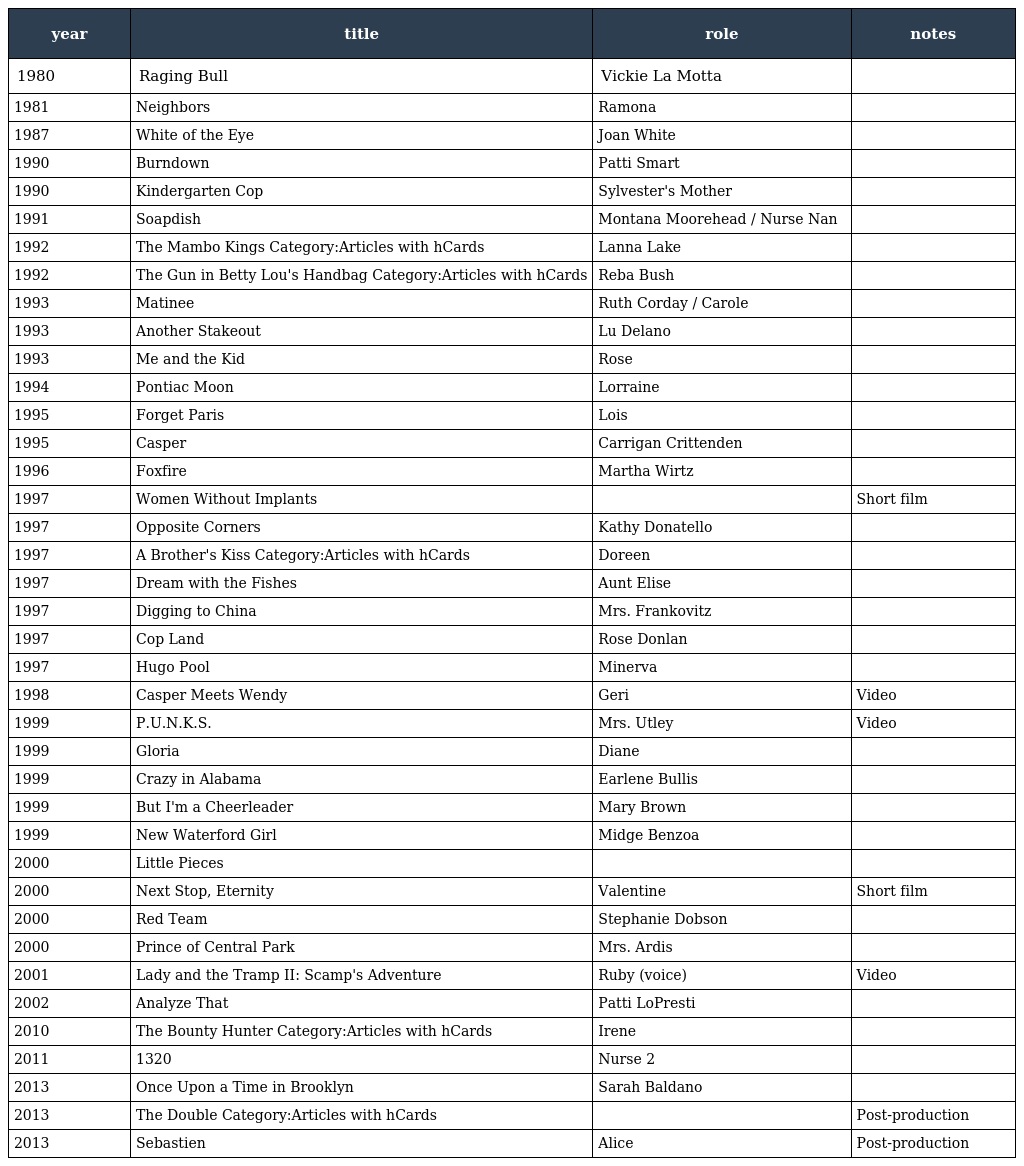
| year | title | role | notes |
 | --- | --- | --- | --- |
 | 1980 | Raging Bull | Vickie La Motta |  |
 | 1981 | Neighbors | Ramona |  |
 | 1987 | White of the Eye | Joan White |  |
 | 1990 | Burndown | Patti Smart |  |
 | 1990 | Kindergarten Cop | Sylvester's Mother |  |
 | 1991 | Soapdish | Montana Moorehead / Nurse Nan |  |
 | 1992 | The Mambo Kings Category:Articles with hCards | Lanna Lake |  |
 | 1992 | The Gun in Betty Lou's Handbag Category:Articles with hCards | Reba Bush |  |
 | 1993 | Matinee | Ruth Corday / Carole |  |
 | 1993 | Another Stakeout | Lu Delano |  |
 | 1993 | Me and the Kid | Rose |  |
 | 1994 | Pontiac Moon | Lorraine |  |
 | 1995 | Forget Paris | Lois |  |
 | 1995 | Casper | Carrigan Crittenden |  |
 | 1996 | Foxfire | Martha Wirtz |  |
 | 1997 | Women Without Implants |  | Short film |
 | 1997 | Opposite Corners | Kathy Donatello |  |
 | 1997 | A Brother's Kiss Category:Articles with hCards | Doreen |  |
 | 1997 | Dream with the Fishes | Aunt Elise |  |
 | 1997 | Digging to China | Mrs. Frankovitz |  |
 | 1997 | Cop Land | Rose Donlan |  |
 | 1997 | Hugo Pool | Minerva |  |
 | 1998 | Casper Meets Wendy | Geri | Video |
 | 1999 | P.U.N.K.S. | Mrs. Utley | Video |
 | 1999 | Gloria | Diane |  |
 | 1999 | Crazy in Alabama | Earlene Bullis |  |
 | 1999 | But I'm a Cheerleader | Mary Brown |  |
 | 1999 | New Waterford Girl | Midge Benzoa |  |
 | 2000 | Little Pieces |  |  |
 | 2000 | Next Stop, Eternity | Valentine | Short film |
 | 2000 | Red Team | Stephanie Dobson |  |
 | 2000 | Prince of Central Park | Mrs. Ardis |  |
 | 2001 | Lady and the Tramp II: Scamp's Adventure | Ruby (voice) | Video |
 | 2002 | Analyze That | Patti LoPresti |  |
 | 2010 | The Bounty Hunter Category:Articles with hCards | Irene |  |
 | 2011 | 1320 | Nurse 2 |  |
 | 2013 | Once Upon a Time in Brooklyn | Sarah Baldano |  |
 | 2013 | The Double Category:Articles with hCards |  | Post-production |
 | 2013 | Sebastien | Alice | Post-production |